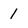
Character: 1